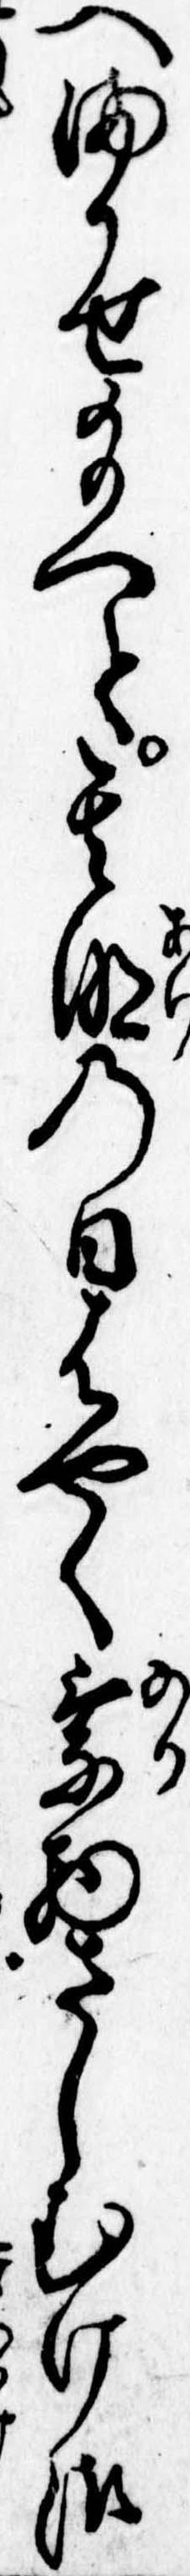
へまかせ給へと其明の日はやく乗物さしむけ御